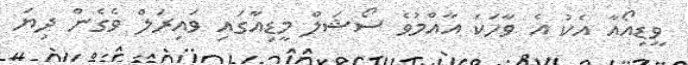
ވީޑިއޯއާ އެކު އެ ވާހަކަ އާއްމުވެ ސޯޝަލް މީޑިއާގައި ވައިރަލް ވެގެން ދިޔަ